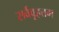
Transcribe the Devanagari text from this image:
सर्ववृहत्तम